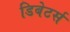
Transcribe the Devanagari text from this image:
डिबेटर्स